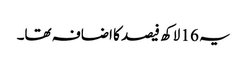
یہ 16 لاکھ فیصد کا اضافہ تھا۔